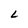
Character: L